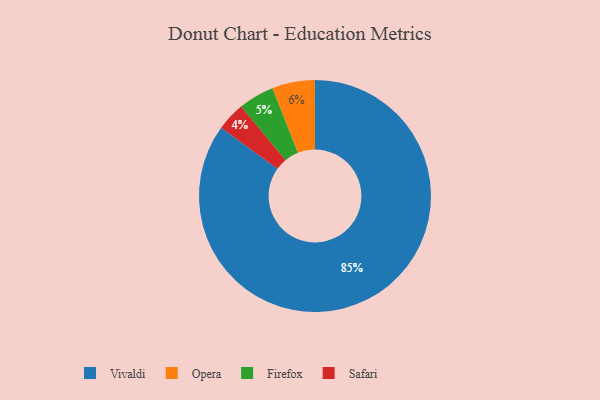
{"axis": {"x": "Category", "y": "Percentage"}, "legend": ["Firefox", "Opera", "Safari", "Vivaldi"], "data": [{"x": "Opera", "y": 6, "type": "Opera"}, {"x": "Firefox", "y": 5, "type": "Firefox"}, {"x": "Safari", "y": 4, "type": "Safari"}, {"x": "Vivaldi", "y": 85, "type": "Vivaldi"}]}